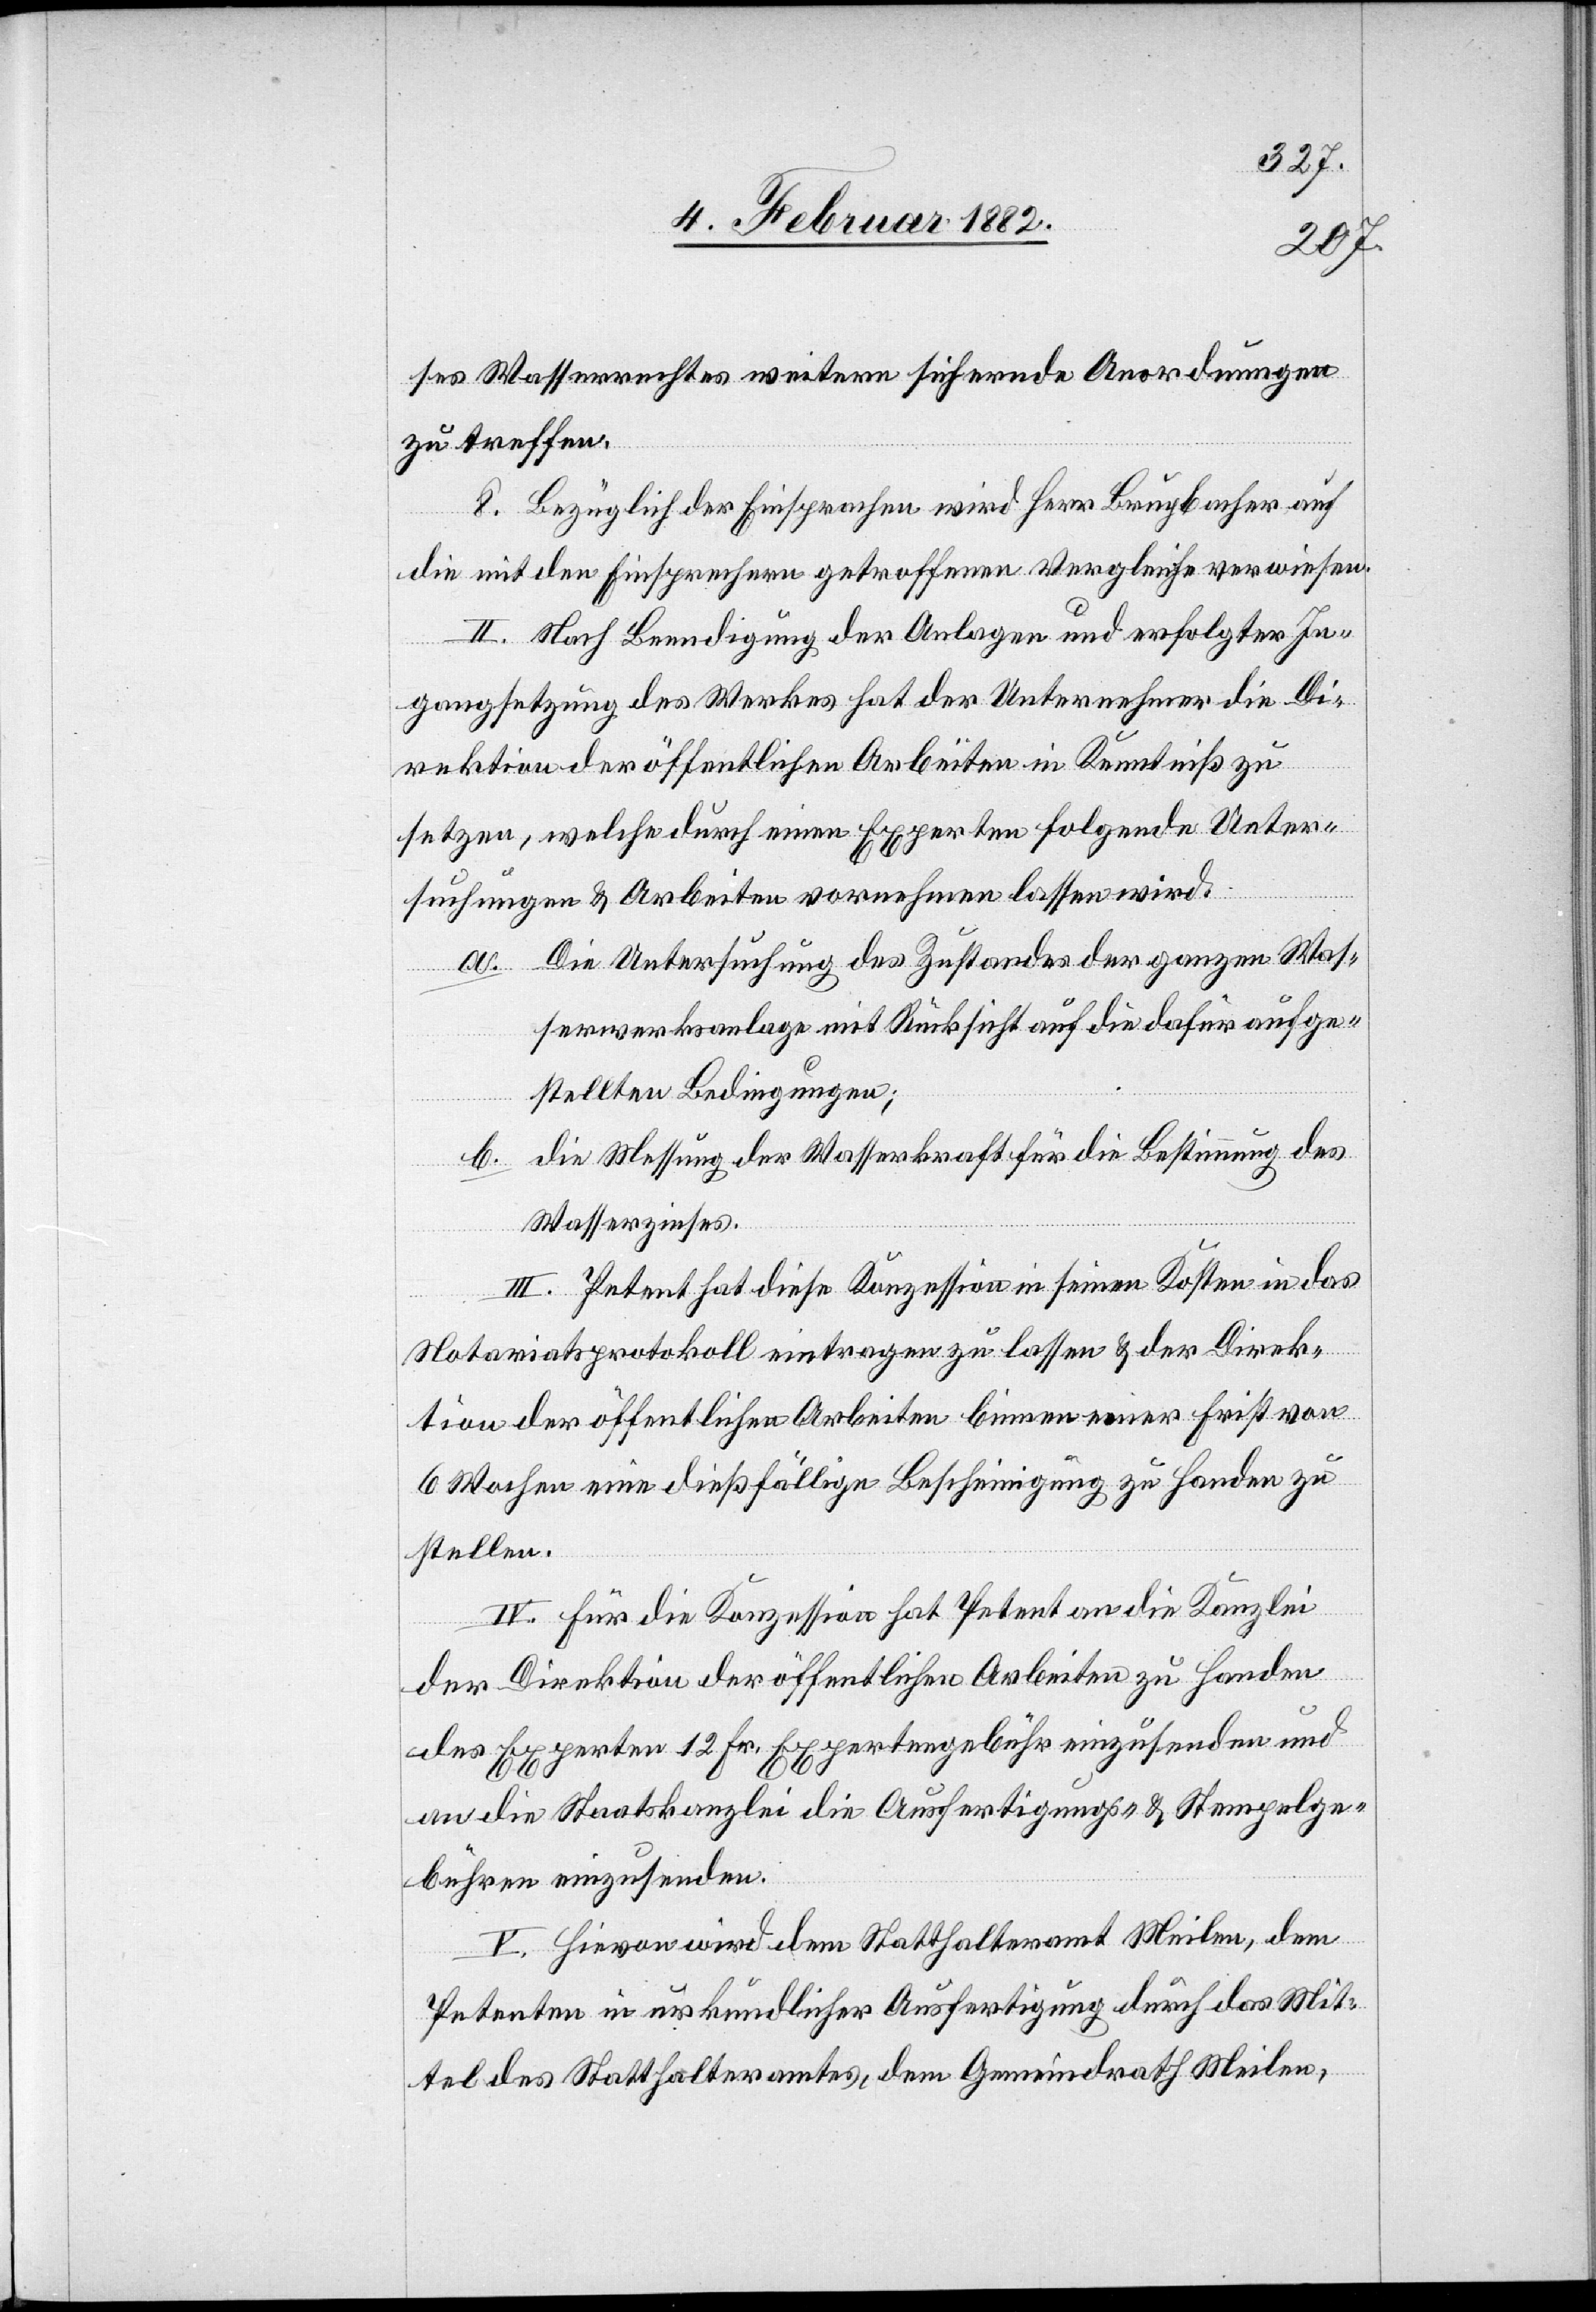
ses Wasserrechts weitere sichernde Anordnungen
zu treffen.
8. Bezüglich Einsprachen wird Herr Brupbacher auf
die mit den Einsprechern getroffenen Vergleiche verweisen.
II. Nach Beendigung der Anlage und erfolgter In¬
gangsetzung des Werkes hat der Unternehmer die Di¬
rektion der öffentlichen Arbeiten in Kenntniß zu
setzen, welche durch einen Experten folgende Unter¬
suchungen & Arbeiten vornehmen lassen wird.
a. Die Untersuchung des Zustandes der ganzen Was¬
serwerkanlage mit Rücksicht auf die dafür aufge¬
stellten Bedingungen;
b. die Messung der Wasserkraft für die Bestimmung des
Wasserzinses.
III. Petent hat diese Konzession in seinen Kosten in das
Notariatsprotokoll eintragen zu lassen & der Direk¬
tion der öffentlichen Arbeiten binnen einer First von
6 Wochen eine dießfällige Bescheinigung zu Handen zu
stellen.
IV. Für die Konzession hat Petent an die Kanzlei
der Direktion der öffentlichen Arbeiten zu Handen
des Experten 12 Fr. Expertengebühr einzusenden und
an die Staatskanzlei die Ausfertigungs- & Stempelge¬
bühren einzusenden.
V. Hievon wird dem Statthalteramt Meilen, dem
Petenten in urkundlicher Ausfertigung durch das Mit¬
tel des Statthalteramtes, dem Gemeindrath Meilen,